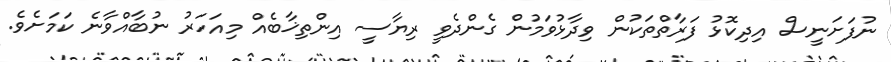
ނުފަށަނީސް އިދިކޮޅު ފަރާތްތަކުން ވިދާޅުވަމުން ގެންދެވީ ރިޔާސީ އިންތިޚާބެއް މިއަހަރު ނުބާއްވާނެ ކަމަށެވެ.